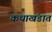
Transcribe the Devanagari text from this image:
कथाखंडात